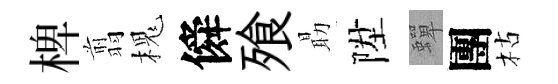
椑翦槐僢飱朂陞蟬團枯